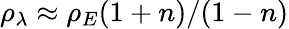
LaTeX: \rho_{\lambda}\approx\rho_{E}(1+n)/(1-n)